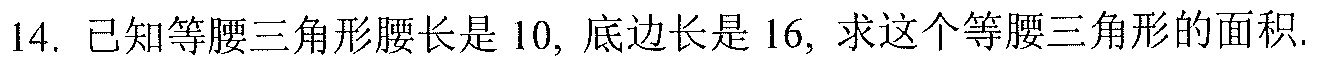
14. 已知等腰三角形腰长是 10, 底边长是 16, 求这个等腰三角形的面积.